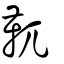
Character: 靰